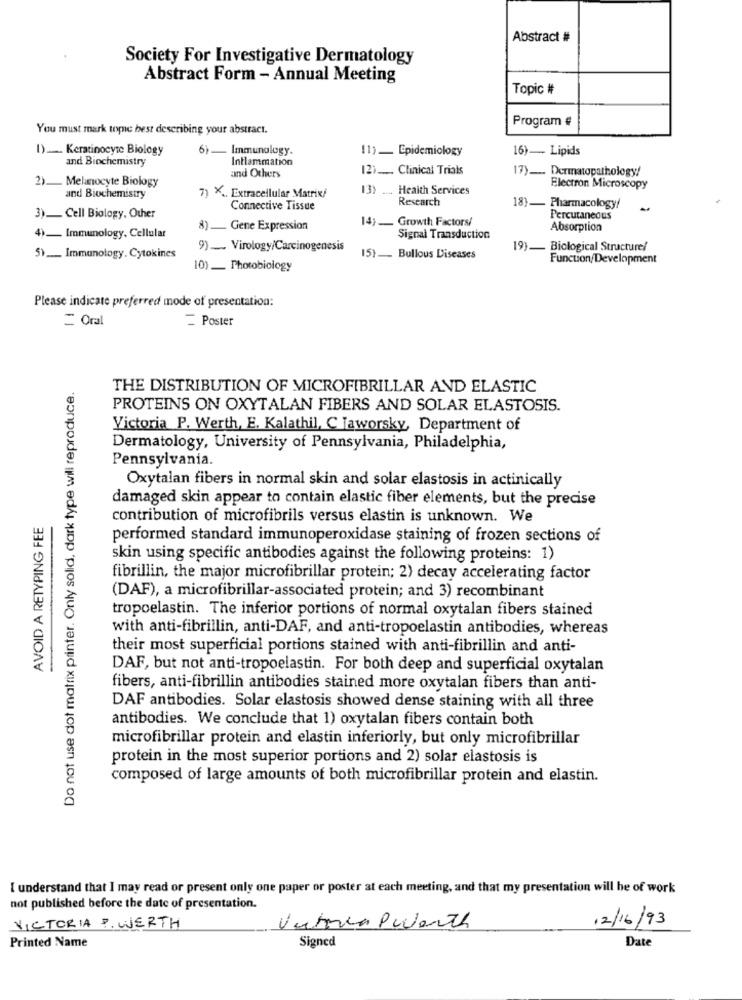
Abstract #
Society For Investigative Dermatology
Abstract Form - Annual Meeting
Topic #
Program #
You must mark tope hest describing your abstract.
1) __. Keratinocyte Biology
6)
Immunology.
11)_ Epidemiology
16) - Lipids
and Biochemistry
Inflammation
12) __.... Clinical Trials
17) _. Dermatopathology/
2) ___ Melanocyte Biology
and Others
13) .... Health Services
Electron Microscopy
and Biochemistry
7) X .. Extracellular Matrix/
Research
18}_ Pharmacology/
Connective Tissue
3) __ Cell Biology, Other
14) __ Growth Factors/
Percutaneous
)_ Gene Expression
Absorption
4)_ Immunology, Cellular
Signal Transduction
9) _. Virology/Carcinogenesis
19)_ Biological Structure/
5)_ Immunology. Cytokines
15} __ Bullous Diseases
Function/Development
10)_ Photobiology
Please indicate preferred mode of presentation:
= Oral
Poster
Do not use dot matrix printer. Only solid, dark type will reproduce.
THE DISTRIBUTION OF MICROFIBRILLAR AND ELASTIC
PROTEINS ON OXYTALAN FIBERS AND SOLAR ELASTOSIS.
Victoria P. Werth, E. Kalathil, C Jaworsky, Department of
Dermatology, University of Pennsylvania, Philadelphia,
Pennsylvania.
Oxytalan fibers in normal skin and solar elastosis in actinically
damaged skin appear to contain elastic fiber elements, but the precise
AVOID A RETYPING FEE
contribution of microfibrils versus elastin is unknown. We
performed standard immunoperoxidase staining of frozen sections of
skin using specific antibodies against the following proteins: 1)
fibrillin, the major microfibrillar protein; 2) decay accelerating factor
(DAF), a microfibrillar-associated protein; and 3) recombinant
tropoelastin. The inferior portions of normal oxytalan fibers stained
with anti-fibrillin, anti-DAF, and anti-tropoelastin antibodies, whereas
their most superficial portions stained with anti-fibrillin and anti-
DAF, but not anti-tropoelastin. For both deep and superficial oxytalan
fibers, anti-fibrillin antibodies stained more oxytalan fibers than anti-
DAF antibodies. Solar elastosis showed dense staining with all three
antibodies. We conclude that 1) oxytalan fibers contain both
microfibrillar protein and elastin inferiorly, but only microfibrillar
protein in the most superior portions and 2) solar elastosis is
composed of large amounts of both microfibrillar protein and elastin.
I understand that I may read or present only one paper or poster at each meeting, and that my presentation will he of work
not published before the date of presentation.
12/16/93
VICTORIA P. WERTH
Vahren Pulenth
Printed Name
Signed
Date